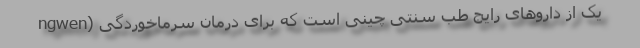
ngwen) یک از داروهای رایج طب سنتی چینی است که برای درمان سرماخوردگی